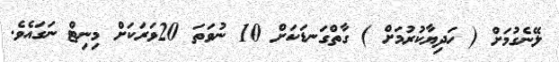
ލޭނެގުމަށް ( ހަދިޔާކުރުމަށް ) ގާތްގަނޑަކަށް 10 ނުވަތަ 20ވަރަކަށް މިނިޓް ނަގައެވެ.